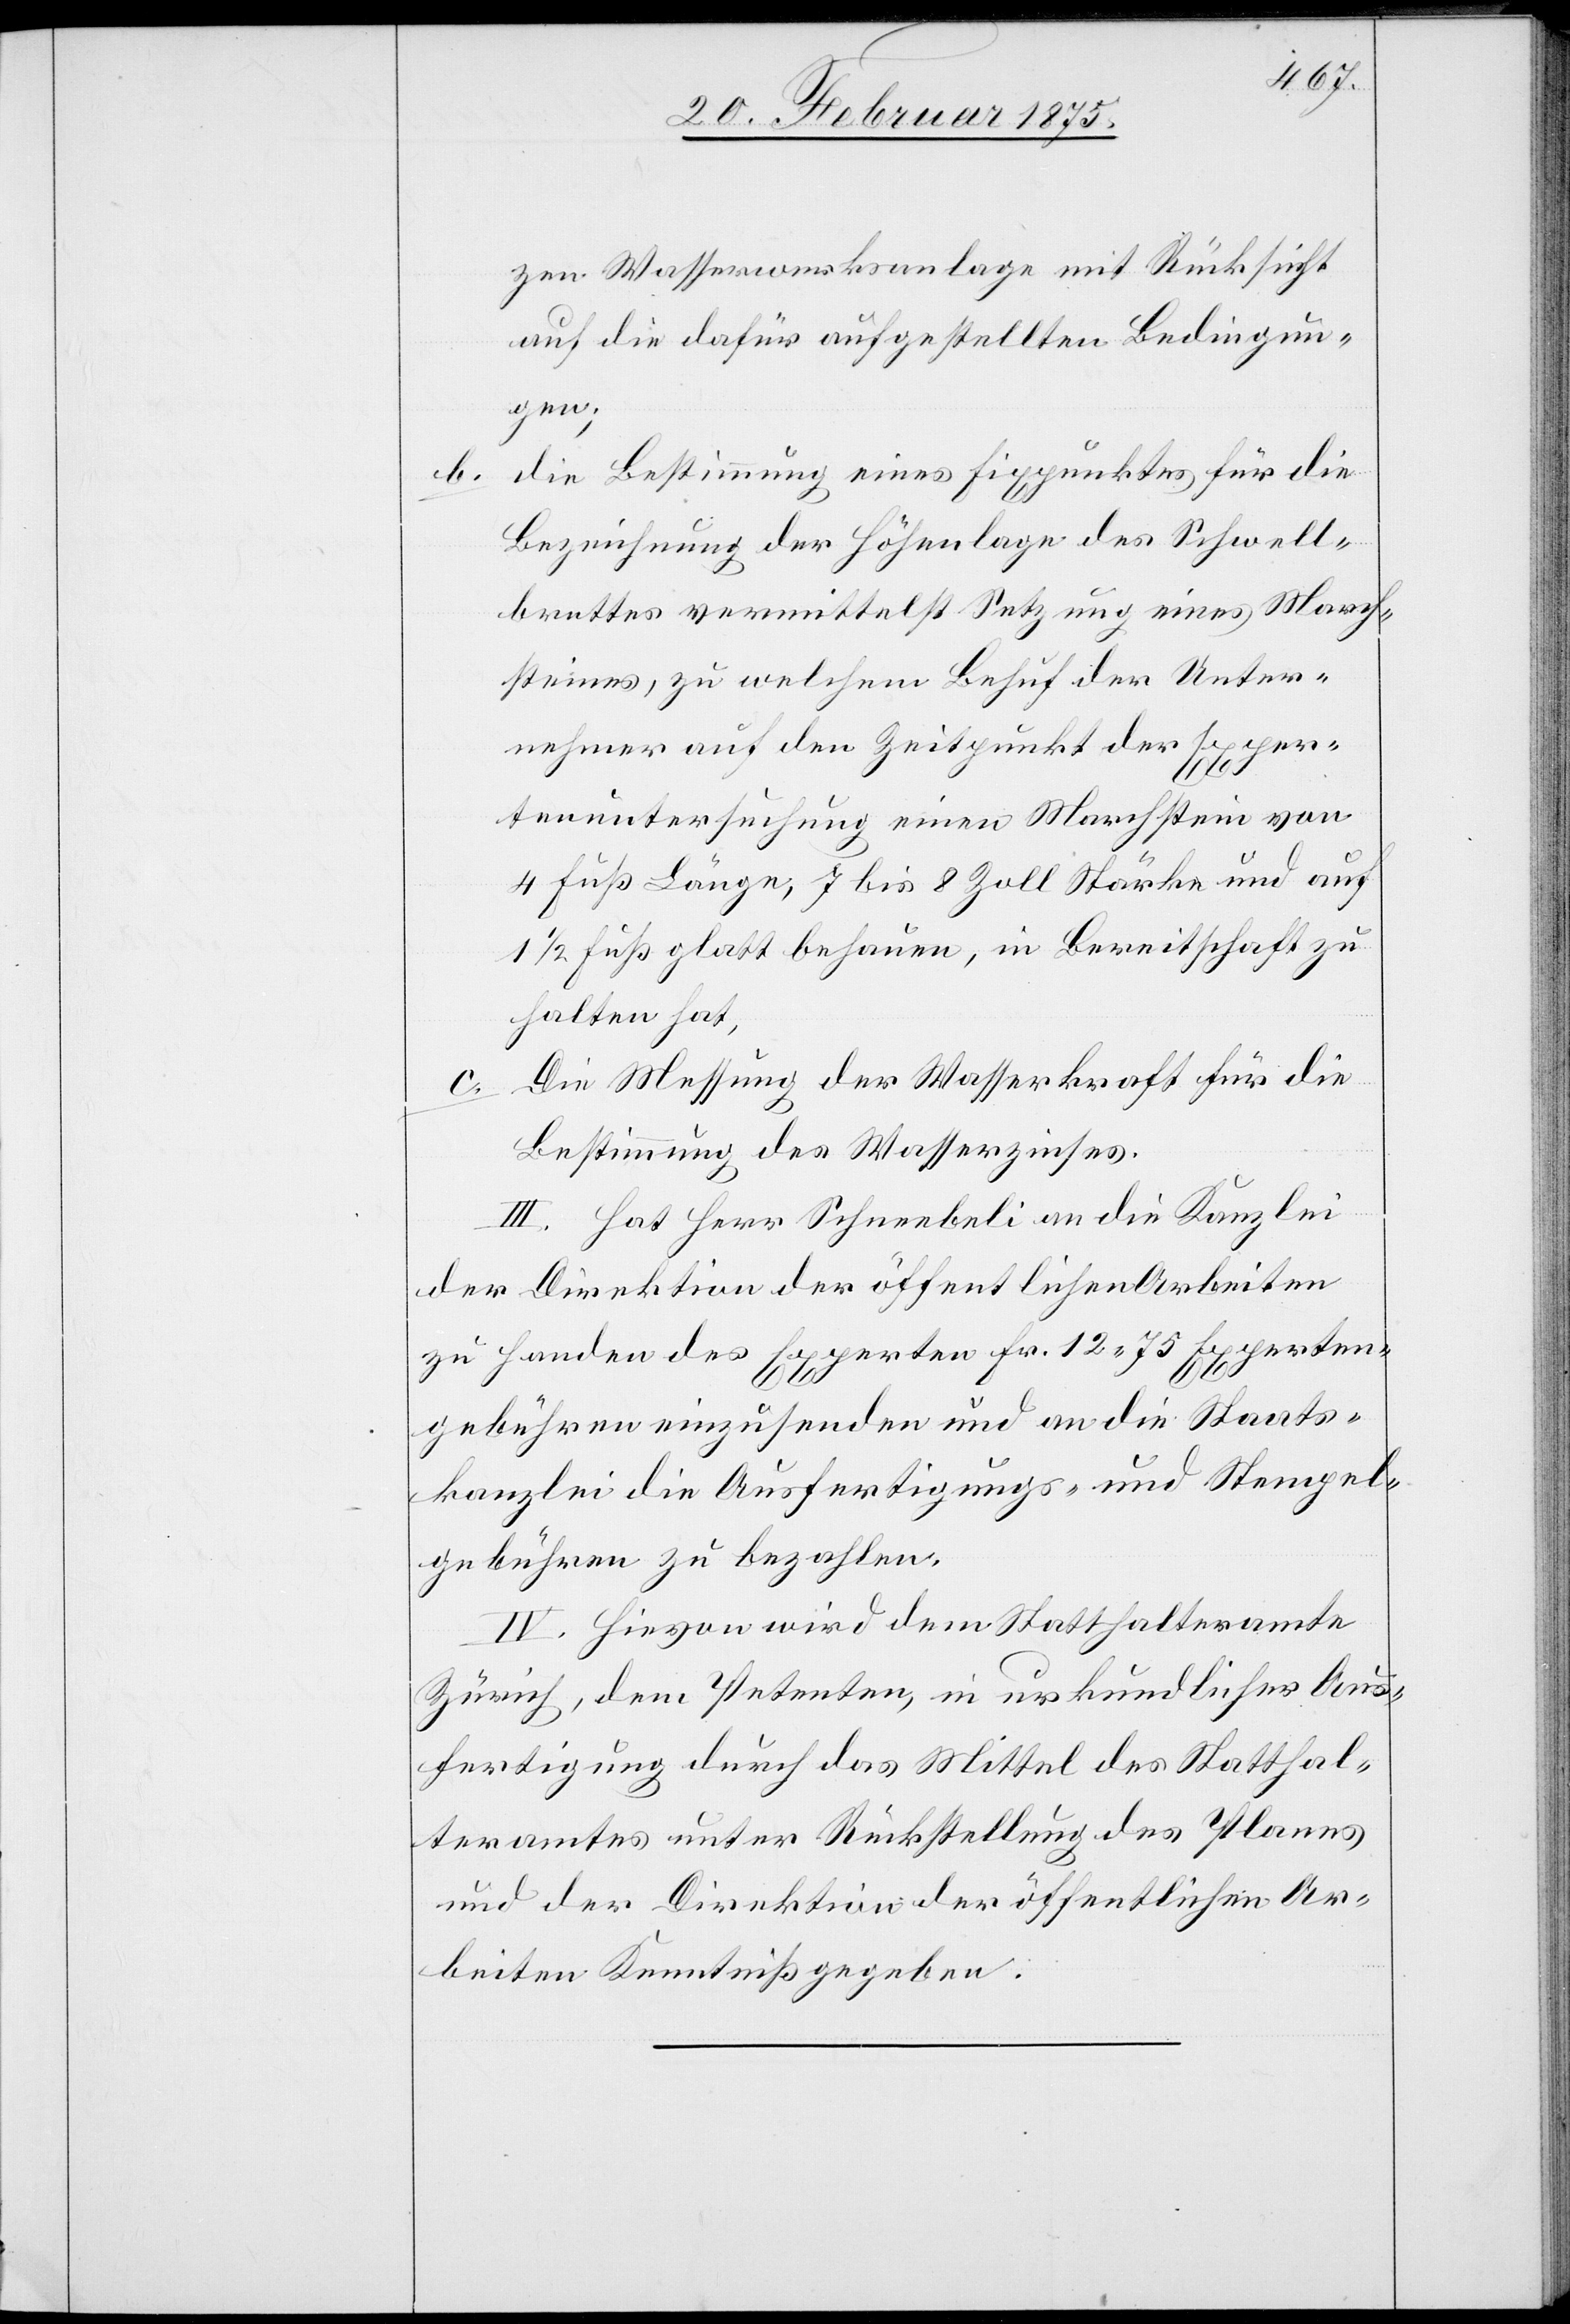
b.

zen Wasserwerksanlage mit Rücksicht
auf die dafür aufgestellten Bedingun¬
gen;
die Bestimmung eines Fixpunktes für die
Bezeichnung der Höhenlage des Schwell¬
brettes vermittelst Setzung eines March¬
steines, zu welchem Behuf der Unter¬
nehmer auf den Zeitpunkt der Exper¬
tenuntersuchung einen Marchstein von
4 Fuß Länge, 7 bis 8 Zoll Stärke und auf
1 1/2 Fuß glatt behauen, in Bereitschaft zu
halten hat,
Die Messung der Wasserkraft für die
Bestimmung des Wasserzinses.
III. Hat Herr Schneebeli an die Kanzlei
der Direktion der öffentlichen Arbeiten
zu Handen des Experten Fr. 12. 75 Experten¬
gebühren einzusenden und an die Staats¬
kanzlei die Ausfertigungs- und Stempel¬
gebühren zu bezahlen.
IV. Hievon wird dem Statthalteramte
Zürich, dem Petenten, in urkundlicher Aus¬
fertigung durch das Mittel des Statthal¬
teramtes unter Rückstellung des Planes
und der Direktion der öffentlichen Ar¬
beiten Kenntniß gegeben.